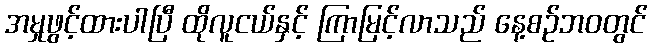
အမှုဖွင့်ထားပါပြီ ထိုလူငယ်နှင့် ကြာမြင့်လာသည် နေ့စဉ်ဘ၀တွင်